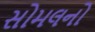
સોમલનો